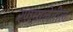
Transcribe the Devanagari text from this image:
रणमालेतील